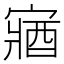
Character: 𫳼